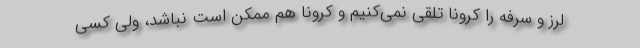
لرز و سرفه را کرونا تلقی نمی‌کنیم و کرونا هم ممکن است نباشد، ولی کسی